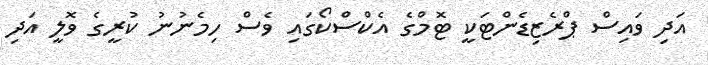
އަދި ވައިސް ޕްރެޒިޑެންޓަކީ ޓޮމްގެ އެކްސްކޯގައި ވެސް ހިމެނުނު ކުރީގެ ވޮލީ އަދި